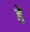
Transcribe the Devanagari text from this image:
द्दे